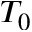
T _ { 0 }